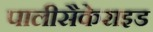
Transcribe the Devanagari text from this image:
पालीसैकेराइड